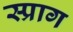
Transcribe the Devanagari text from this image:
स्प्राग